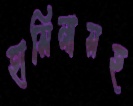
হাসিনাসহ